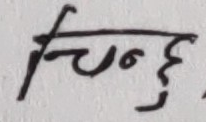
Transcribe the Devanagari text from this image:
चिन्हु